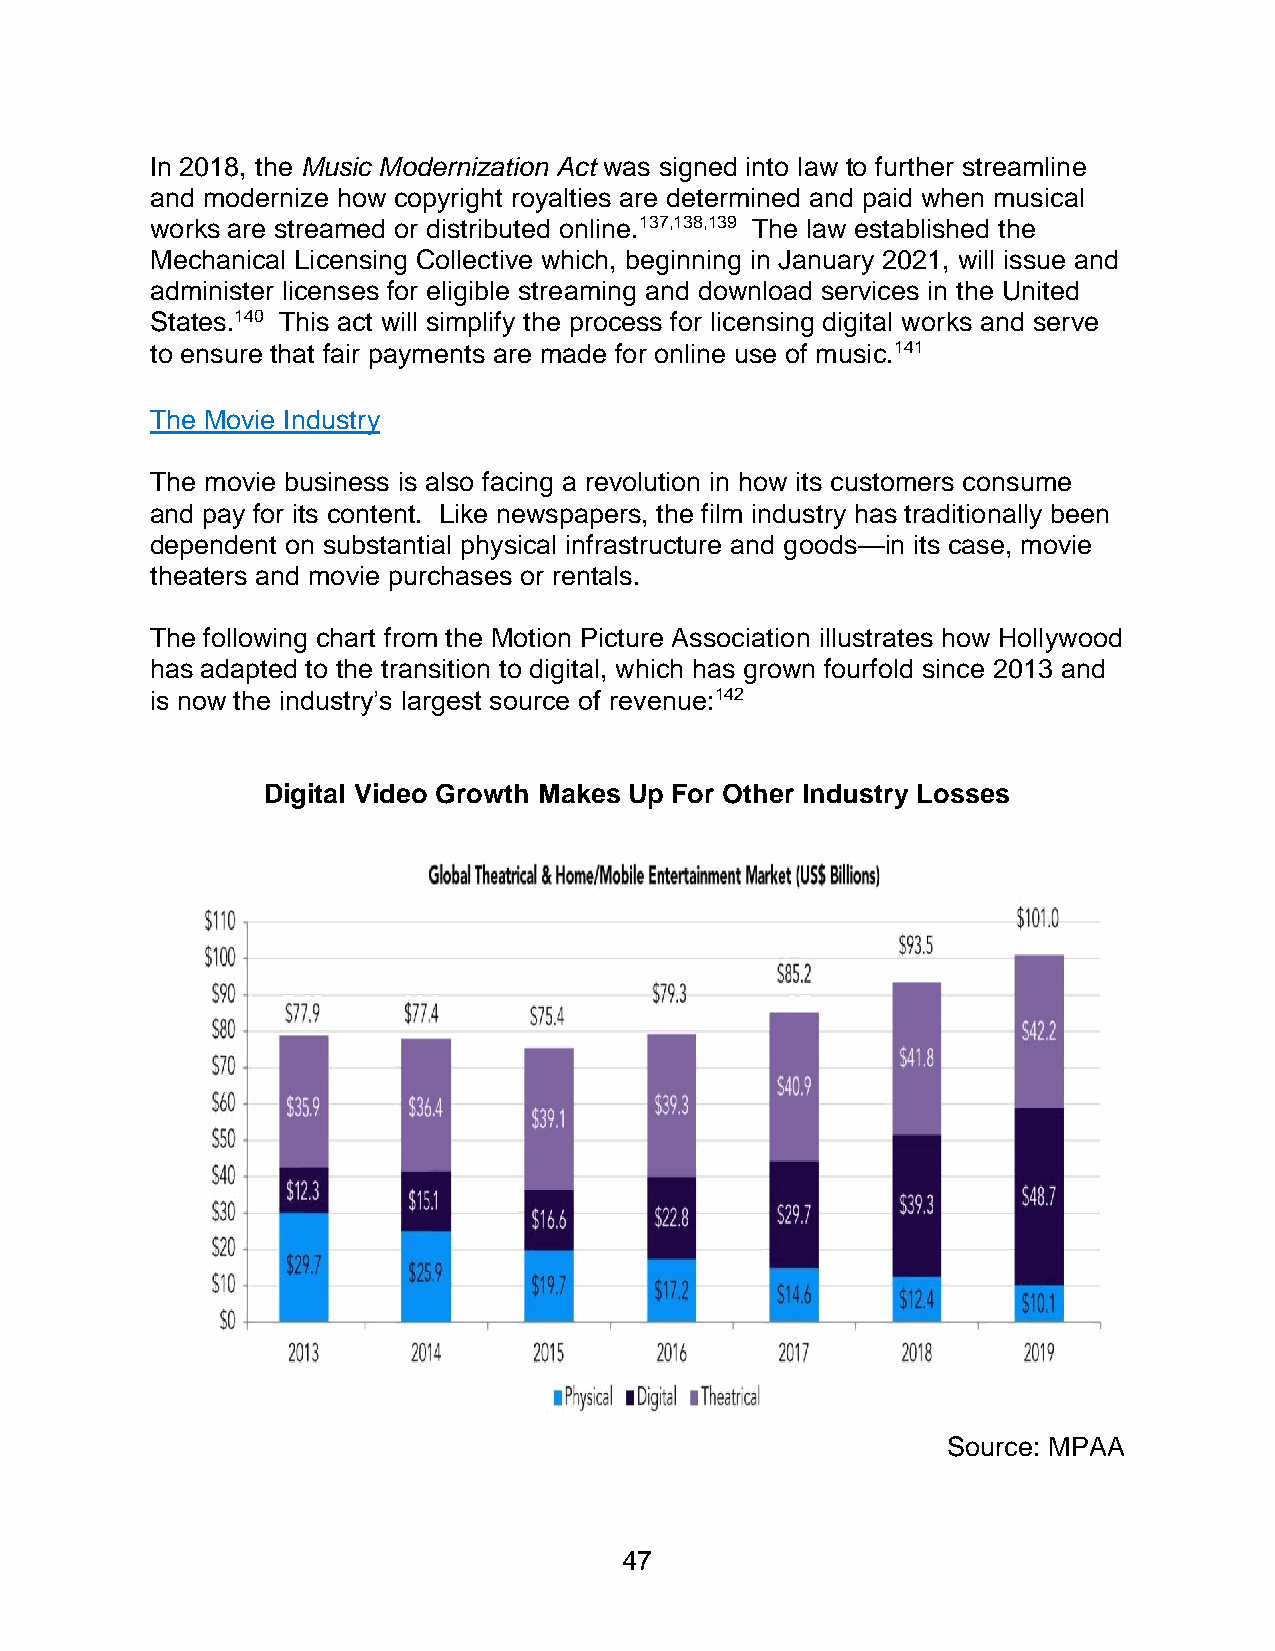
In 2018, the Music Modernization Act was signed into law to further streamline
 and modernize how copyright royalties are determined and paid when musical
 works are streamed or distributed online.137,138,139 The law established the
 Mechanical Licensing Collective which, beginning in January 2021, will issue and
 administer licenses for eligible streaming and download services in the United
 States.140 This act will simplify the process for licensing digital works and serve
 to ensure that fair payments are made for online use of music.141
 The Movie Industry
 The movie business is also facing a revolution in how its customers consume
 and pay for its content. Like newspapers, the film industry has traditionally been
 dependent on substantial physical infrastructure and goods—in its case, movie
 theaters and movie purchases or rentals.
 The following chart from the Motion Picture Association illustrates how Hollywood
 has adapted to the transition to digital, which has grown fourfold since 2013 and
 is now the industry’s largest source of revenue:142
 Digital Video Growth Makes Up For Other Industry Losses
 Source: MPAA
 47